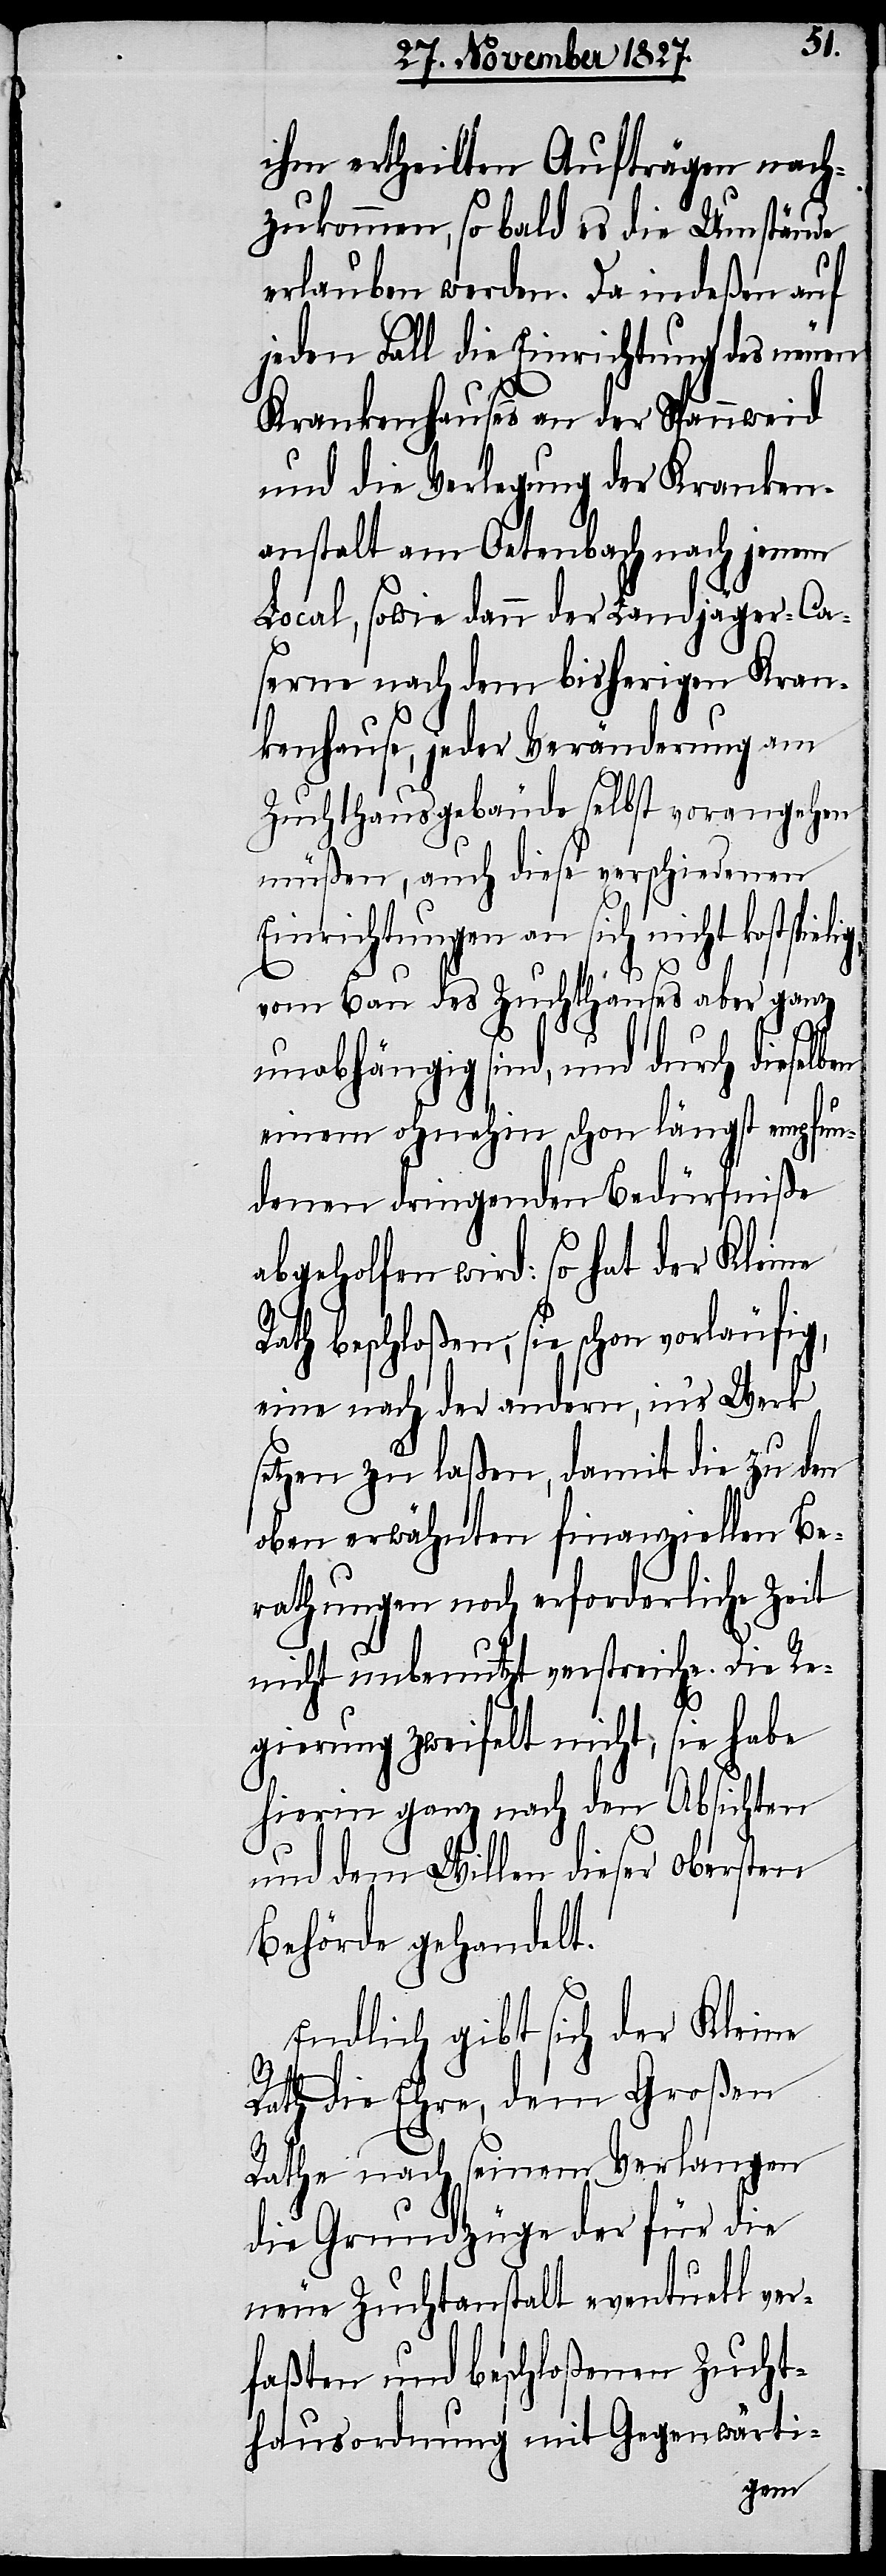
ihm ertheilten Aufträgen nach¬
zukommen, so bald es die Umstände
erlauben werden. Da indeßen auf
jeden Fall die Einrichtung des neuen
Krankenhauses an der Spannweid
und die Verlegung der Kranken¬
anstalt am Oetenbach nach jenem
Local, sowie dann der Landjäger-Ca¬
serne nach dem bisherigen Kran¬
kenhause, jeder Veränderung am
Zuchthausgebäude selbst vorangehen
müßen, auch diese verschiedenen
Einrichtungen an sich nicht kostspie¬
lig,
vom Bau des Zuchthauses aber ganz
unabhängig sind, und durch dieselben
einem ohnehin schon längst empfun¬
denen dringenden Bedürfniße
abgeholfen wird: so hat der Kleine
Rath beschloßen, sie schon vorläufig,
eine nach der andern, in’s Werk
setzen zu laßen, damit die zu den
oben erwähnten finanziellen Be¬
rathungen noch erforderliche Zeit
nicht unbenutzt verstreiche. Die Re¬
gierung zweifelt nicht, sie habe
hierin ganz nach den Absichten
und dem Willen dieser Obersten
Behörde gehandelt.
Endlich gibt sich der Kleine
Rath die Ehre, dem Großen
Rathe nach seinem Verlangen
die Grundzüge der für die
neue Zuchtanstalt eventuell ver¬
faßten und beschloßenen Zucht¬
hausordnung mit Gegenwärti-